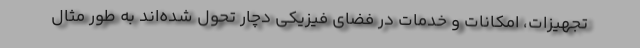
تجهیزات، امکانات و خدمات در فضای فیزیکی دچار تحول شده‌اند به طور مثال